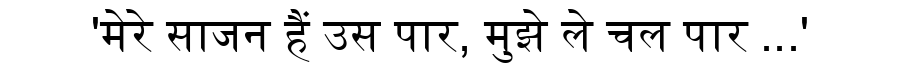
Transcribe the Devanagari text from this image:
'मेरे साजन हैं उस पार, मुझे ले चल पार ...'